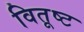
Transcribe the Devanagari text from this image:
वितूष्ट